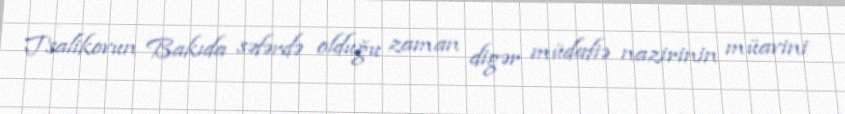
Tsalikovun Bakıda səfərdə olduğu zaman digər müdafiə nazirinin müavini